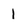
Character: 1